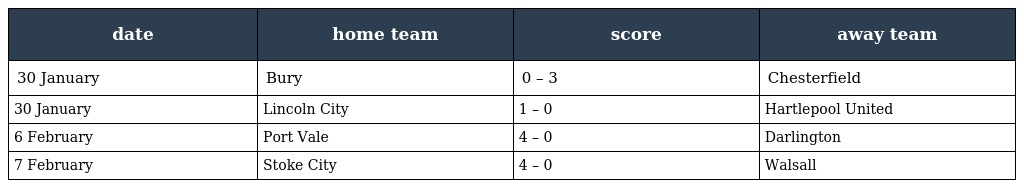
| date | home team | score | away team |
 | --- | --- | --- | --- |
 | 30 January | Bury | 0 – 3 | Chesterfield |
 | 30 January | Lincoln City | 1 – 0 | Hartlepool United |
 | 6 February | Port Vale | 4 – 0 | Darlington |
 | 7 February | Stoke City | 4 – 0 | Walsall |